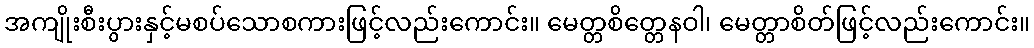
အကျိုးစီးပွားနှင့်မစပ်သောစကားဖြင့်လည်းကောင်း။ မေတ္တစိတ္တေနဝါ၊ မေတ္တာစိတ်ဖြင့်လည်းကောင်း။